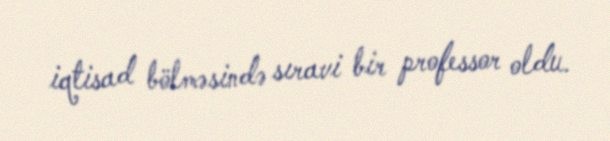
iqtisad bölməsində sıravi bir professor oldu.